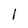
Character: 1